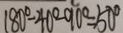
1 8 0 ^ { \circ } - 4 0 ^ { \circ } - 9 0 ^ { \circ } = 5 0 ^ { \circ }